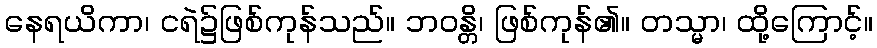
နေရယိကာ၊ ငရဲ၌ဖြစ်ကုန်သည်။ ဘဝန္တိ၊ ဖြစ်ကုန်၏။ တသ္မာ၊ ထို့ကြောင့်။